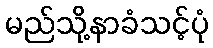
မည်သို့နာခံသင့်ပုံ